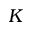
K